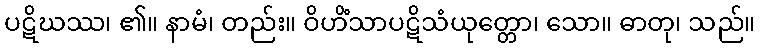
ပဋိဃဿ၊ ၏။ နာမံ၊ တည်း။ ဝိဟိံသာပဋိသံယုတ္တော၊ သော။ ဓာတု၊ သည်။